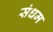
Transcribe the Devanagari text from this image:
संधम